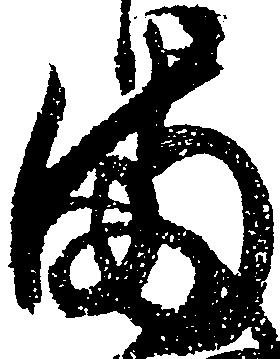
ま